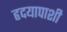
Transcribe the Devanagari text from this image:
हृदयापाशी